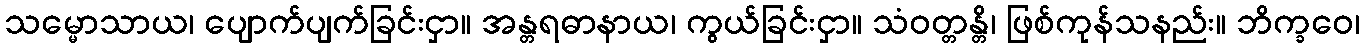
သမ္မောသာယ၊ ပျောက်ပျက်ခြင်းငှာ။ အန္တရဓာနာယ၊ ကွယ်ခြင်းငှာ။ သံဝတ္တန္တိ၊ ဖြစ်ကုန်သနည်း။ ဘိက္ခဝေ၊